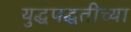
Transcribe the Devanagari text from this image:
युद्धपद्धतीच्या